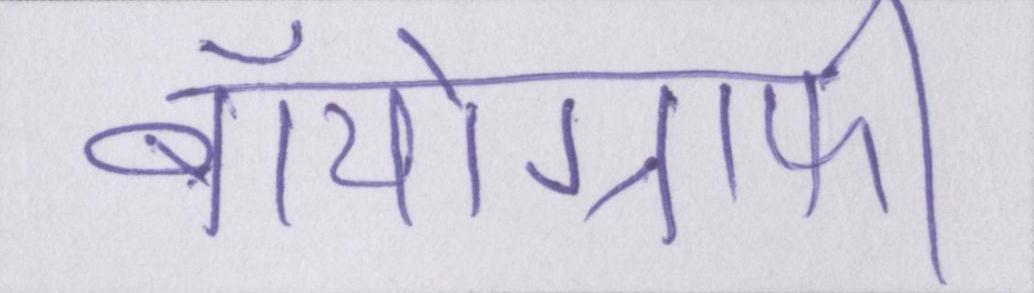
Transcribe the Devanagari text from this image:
बॉयोग्राफी